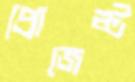
প্রোজেক্ট